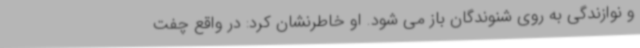
و نوازندگی به روی شنوندگان باز می شود. او خاطرنشان کرد: در واقع چفت